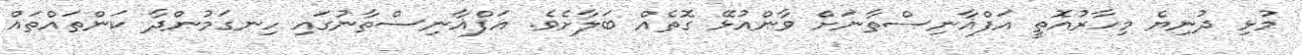
މުޅި ދުނިޔެ މިހާރުއޮތީ އަފްޣާނިސްތާނަށް ވާންއުޅޭ ގޮތެއް ބަލާށެވެ. އަފްޣާނިސްތާނުގައި ހިނގަމުންދާ ކަންތައްތައް